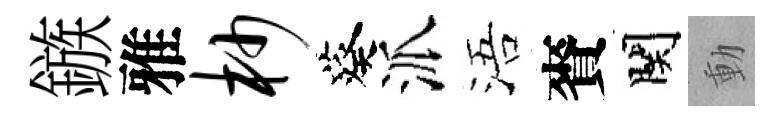
鏃雅杪葵派浯賚関動